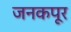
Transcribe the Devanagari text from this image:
जनकपूर